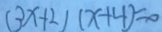
( 3 x + 2 ) ( x + 4 ) = 0